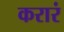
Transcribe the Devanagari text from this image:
करारं